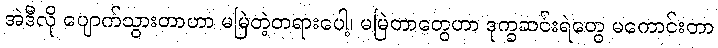
အဲဒီလို ပျောက်သွားတာဟာ မမြဲတဲ့တရားပေါ့၊ မမြဲတာတွေဟာ ဒုက္ခဆင်းရဲတွေ မကောင်းတာ